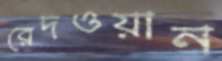
রেদওয়ান